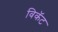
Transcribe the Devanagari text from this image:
विकॅट